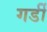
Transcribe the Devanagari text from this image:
गर्डी